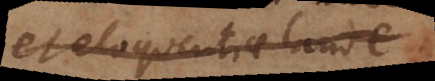
et eloquentiae laude